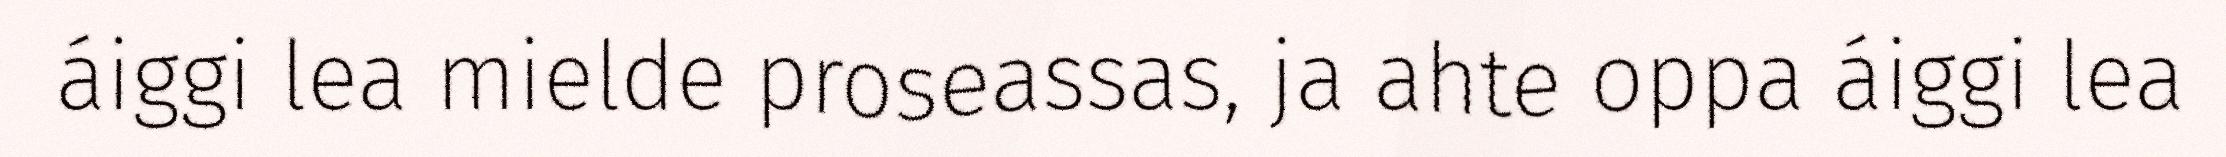
áiggi lea mielde proseassas, ja ahte oppa áiggi lea